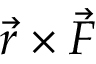
{ \vec { r } } \times { \vec { F } }